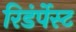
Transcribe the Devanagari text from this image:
रिडंर्पेस्ट